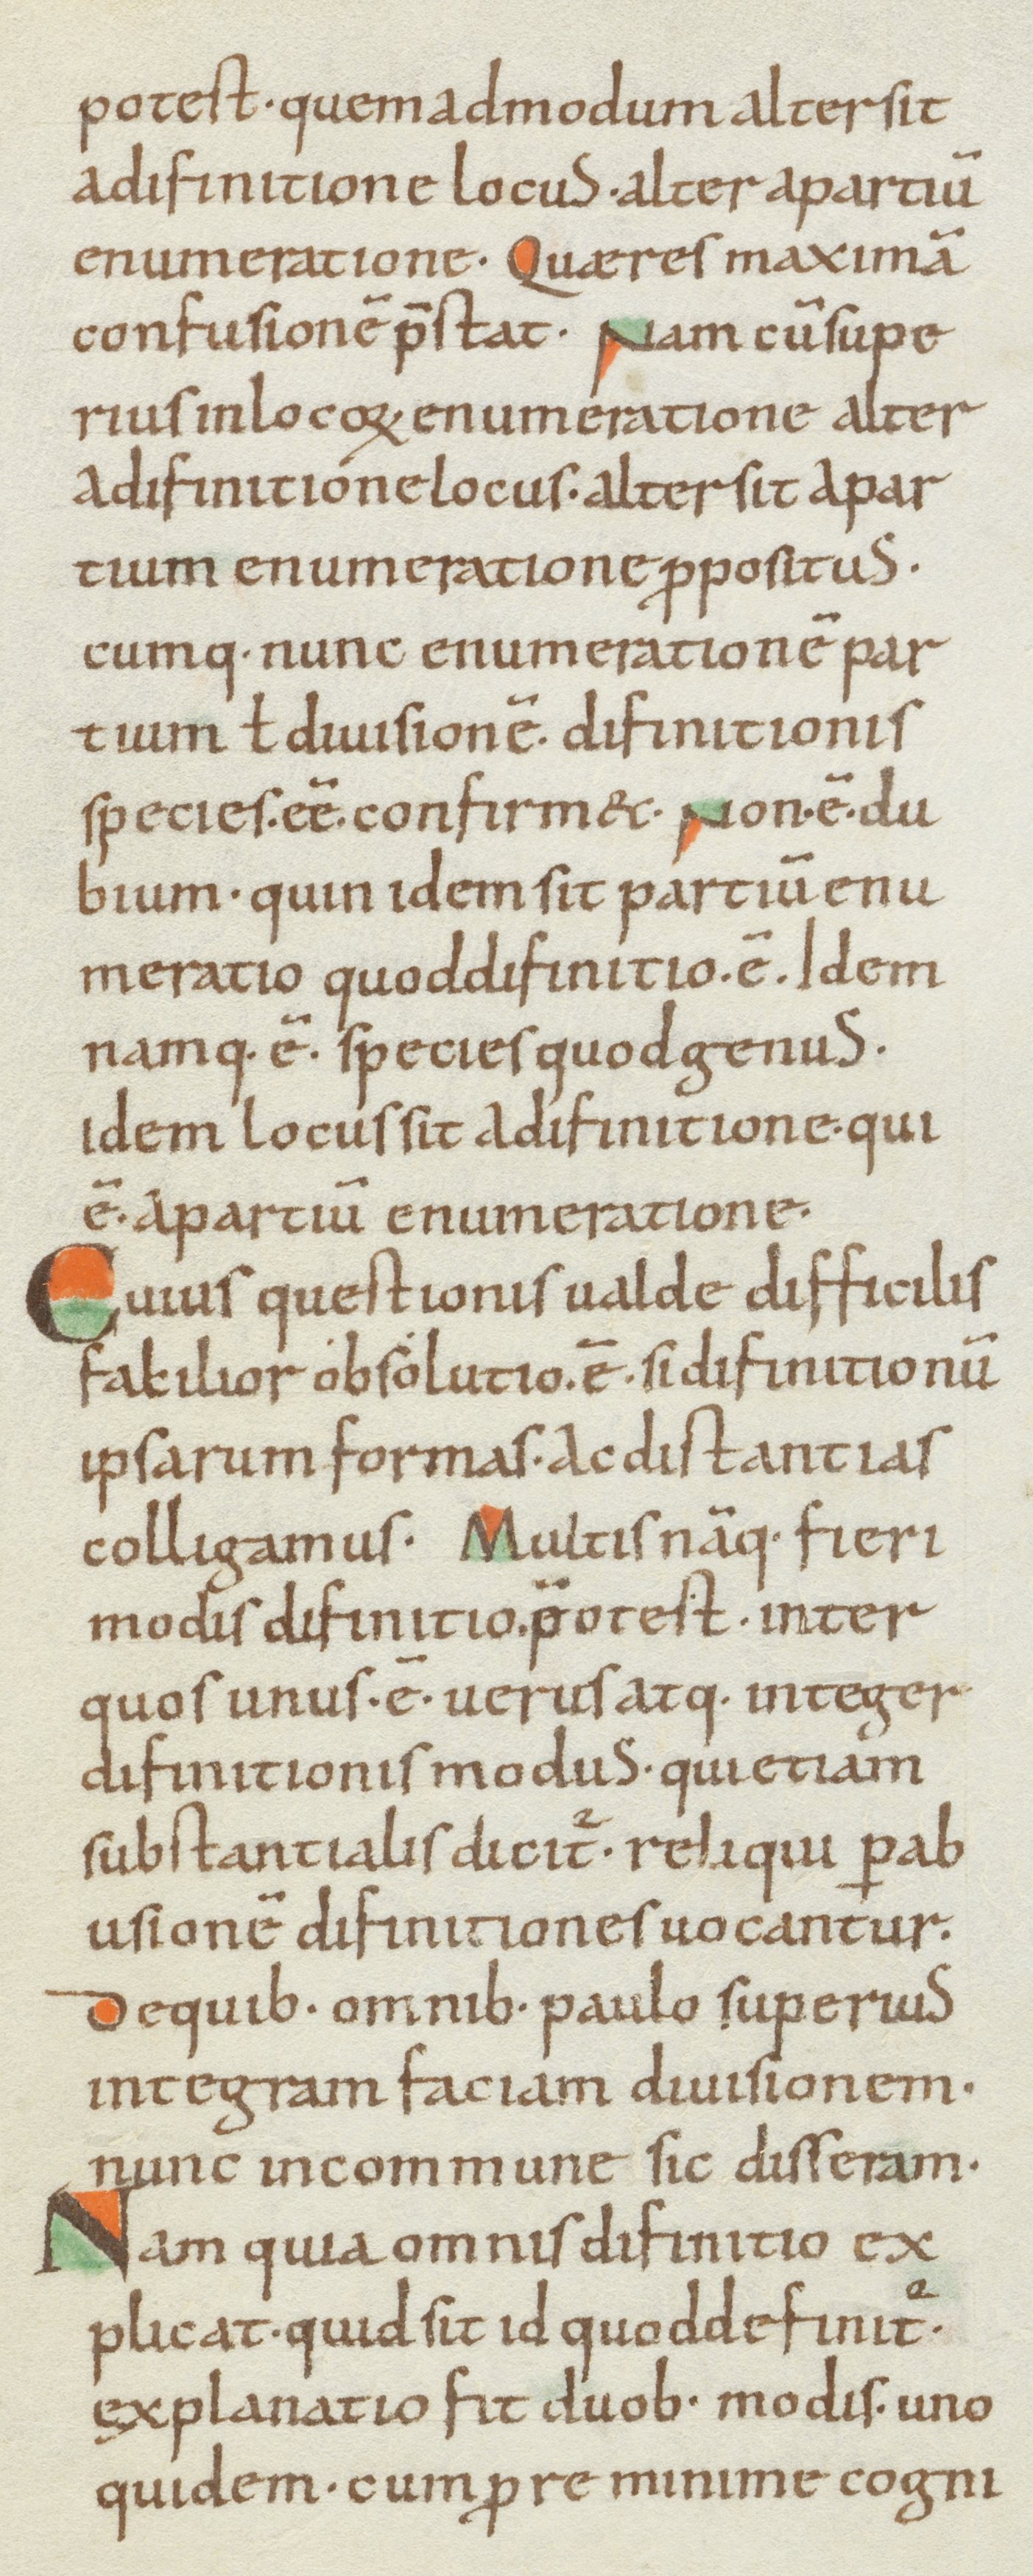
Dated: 1000–1099